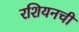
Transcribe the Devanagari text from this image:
रशियनची